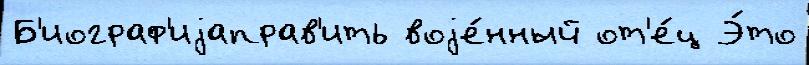
Б'иограф'иjаправ'ить воjе́нный от'е́ц Э́то